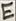
Text: E